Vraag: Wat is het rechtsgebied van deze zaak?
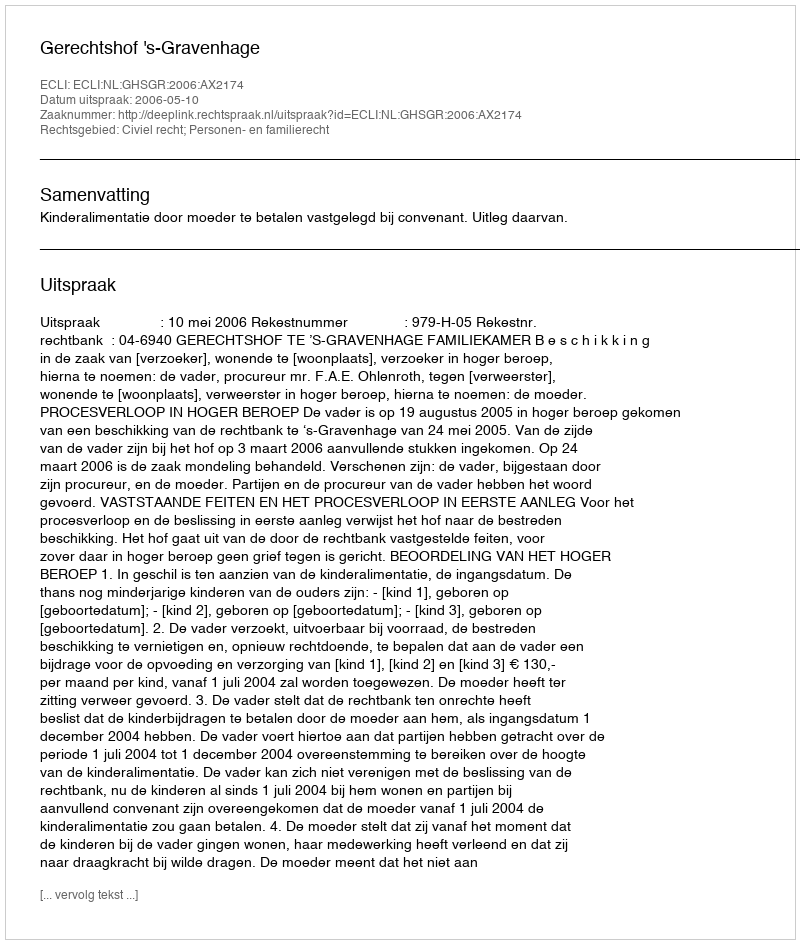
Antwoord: Civiel recht; Personen- en familierecht